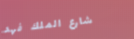
شارع الملك فهد